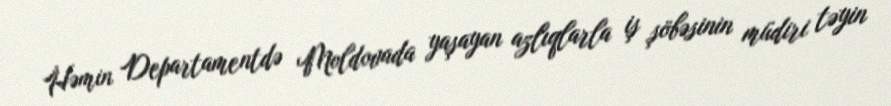
Həmin Departamentdə Moldovada yaşayan azlıqlarla iş şöbəsinin müdiri təyin